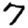
Digit: 7